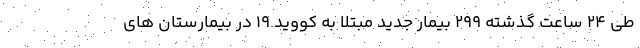
طی ۲۴ ساعت گذشته ۲۹۹ بیمار جدید مبتلا به کووید ۱۹ در بیمارستان های